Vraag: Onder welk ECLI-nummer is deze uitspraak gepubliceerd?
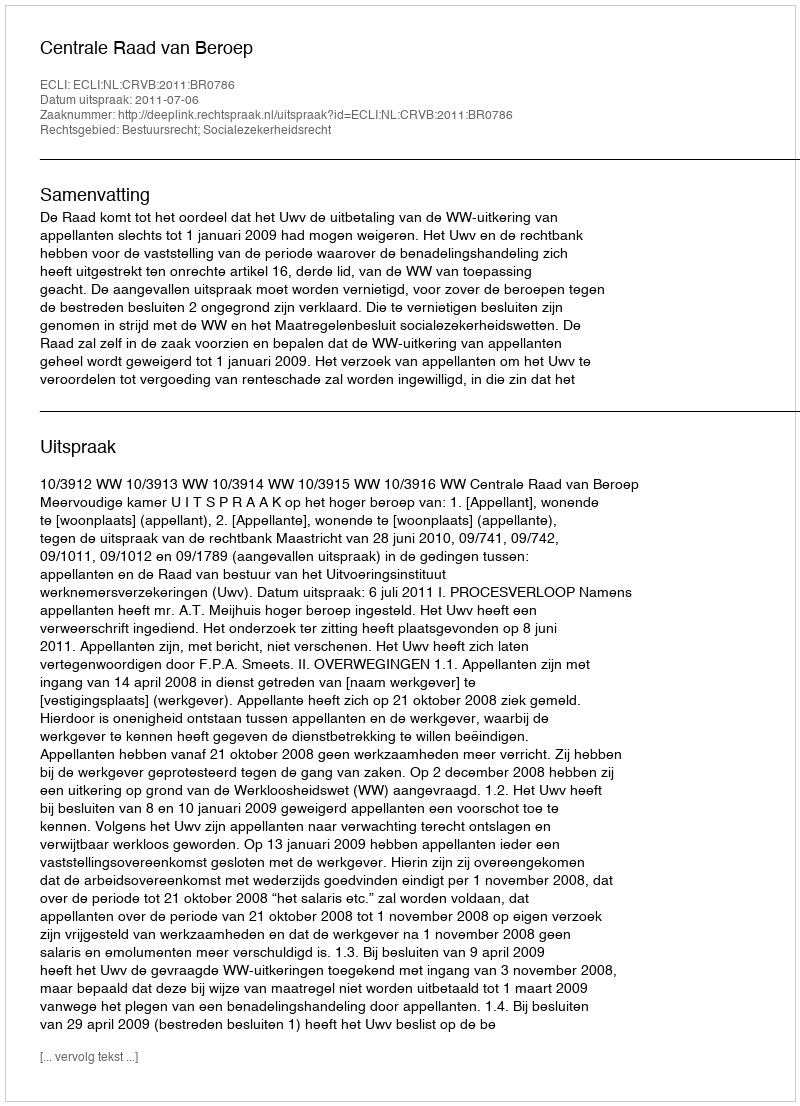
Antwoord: ECLI:NL:CRVB:2011:BR0786